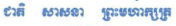
ជាតិ សាសនា ព្រះមហាក្សត្រ